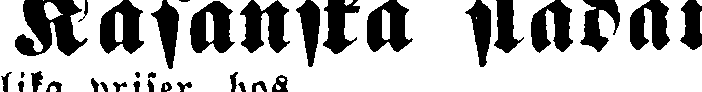
Kasanska slädar